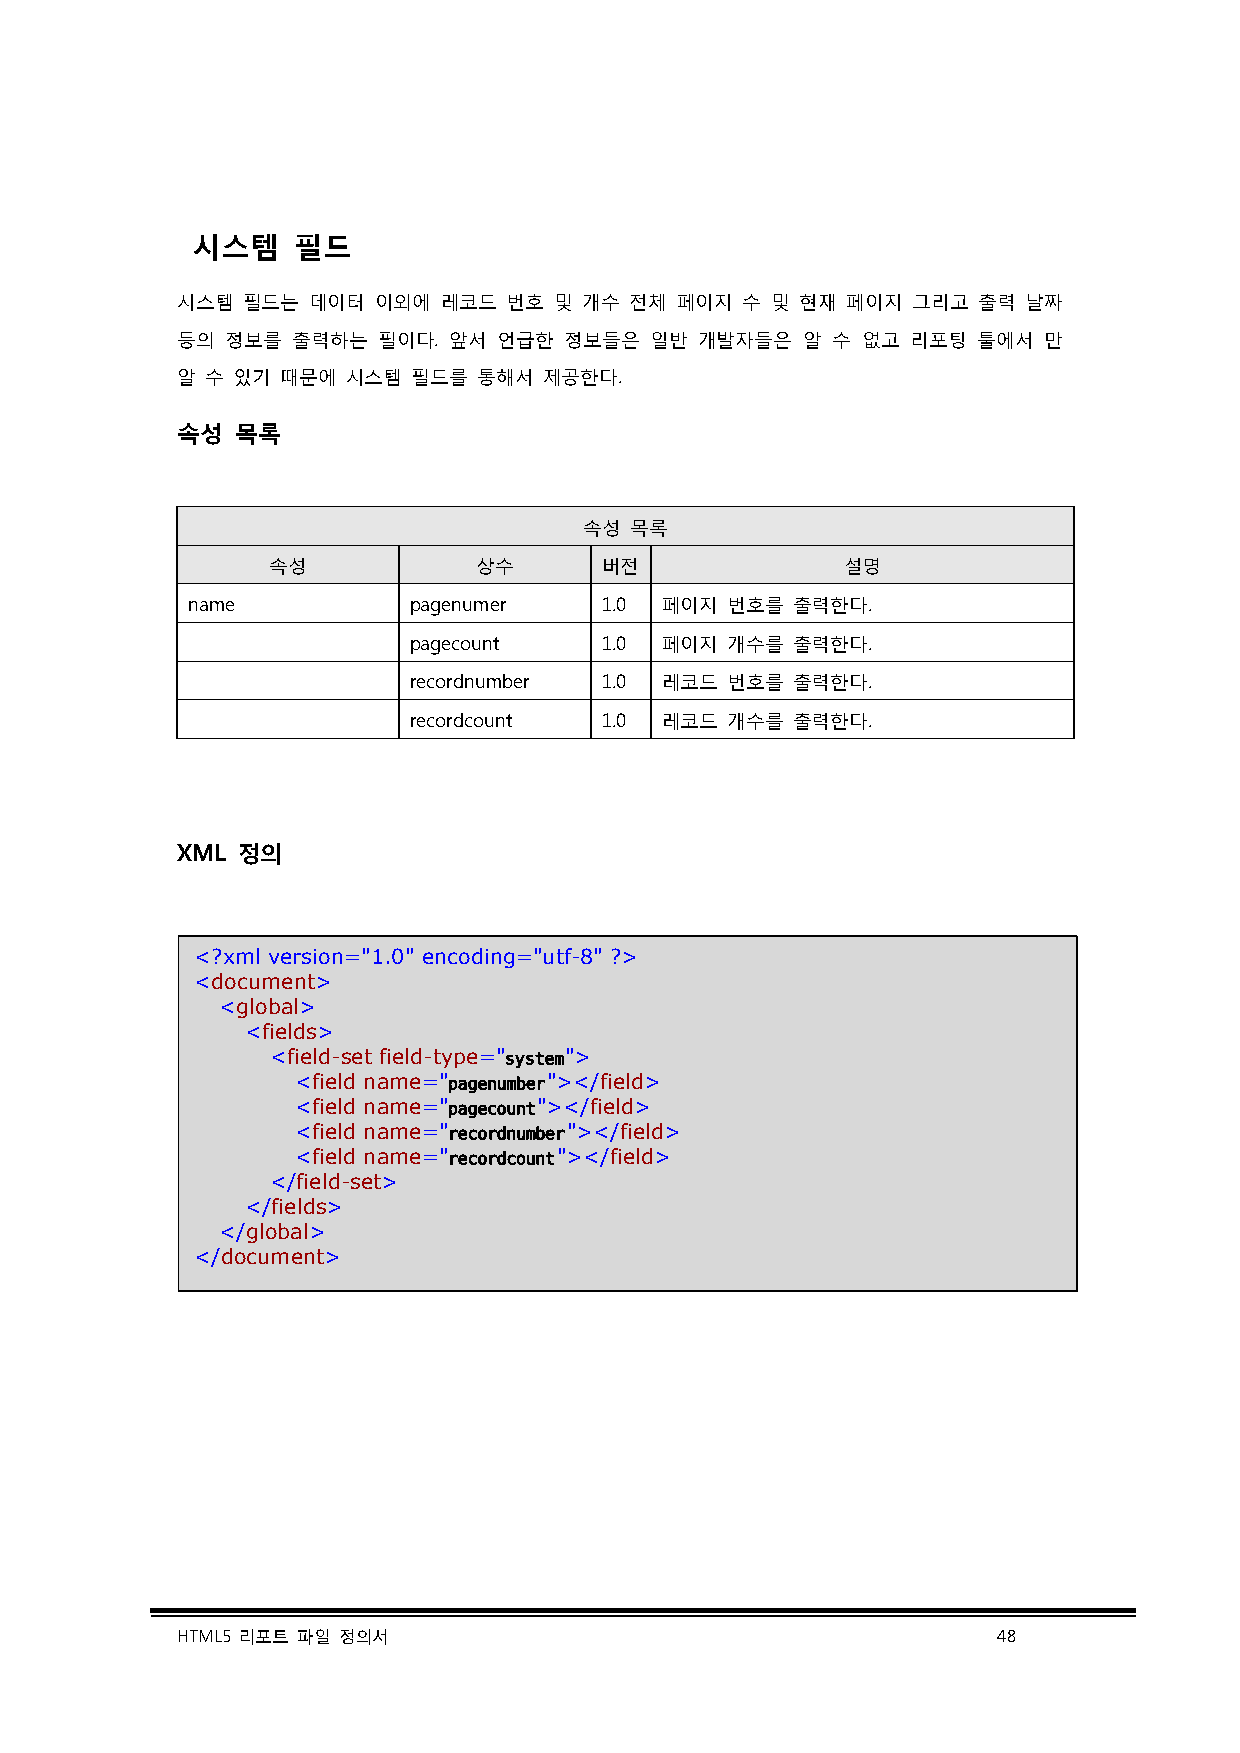
시스템   필드
 시스템 필드는 데이터  이외에 레코드  번호 및 개수 전체 페이지 수 및 현재 페이지 그리고  출력 날짜
 등의 정보를 출력하는  필이다. 앞서 언급한 정보들은  일반 개발자들은  알 수 없고 리포팅  툴에서 만
 알 수 있기 때문에 시스템 필드를  통해서 제공한다.
 속성  목록
 속성 목록
 속성           상수       버전              설명
 name           pagenumer    1.0 페이지 번호를 출력한다.
 pagecount    1.0 페이지 개수를 출력한다.
 recordnumber 1.0 레코드 번호를 출력한다.
 recordcount  1.0 레코드 개수를 출력한다.
 XML 정의
 <?xml version="1.0" encoding="utf-8" ?>
 <document>
 <global>
 <fields>
 <field-set field-type="system">
 <field name="pagenumber"></field>
 <field name="pagecount"></field>
 <field name="recordnumber"></field>
 <field name="recordcount"></field>
 </field-set>
 </fields>
 </global>
 </document>
 HTML5 리포트 파일 정의서                                      48